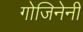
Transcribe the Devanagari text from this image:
गोजिनेनी